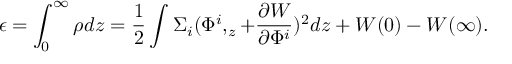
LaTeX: \epsilon = \int _ { 0 } ^ { \infty } \rho d z = \frac 1 2 \int \Sigma _ { i } ( \Phi ^ { i } , _ { z } + \frac { \partial W } { \partial \Phi ^ { i } } ) ^ { 2 } d z + W ( 0 ) - W ( \infty ) .